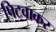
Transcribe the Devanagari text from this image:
पिटवाकर